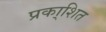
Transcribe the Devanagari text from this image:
प्रका्शित